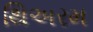
થિઅરમ